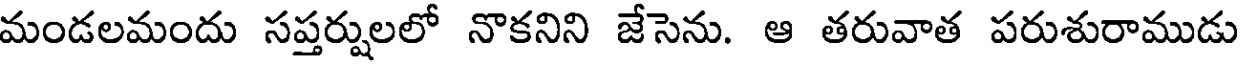
మండలమందు సప్తర్షులలో నొకనిని జేసెను. ఆ తరువాత పరుశురాముడు